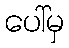
ပေါ်မှ